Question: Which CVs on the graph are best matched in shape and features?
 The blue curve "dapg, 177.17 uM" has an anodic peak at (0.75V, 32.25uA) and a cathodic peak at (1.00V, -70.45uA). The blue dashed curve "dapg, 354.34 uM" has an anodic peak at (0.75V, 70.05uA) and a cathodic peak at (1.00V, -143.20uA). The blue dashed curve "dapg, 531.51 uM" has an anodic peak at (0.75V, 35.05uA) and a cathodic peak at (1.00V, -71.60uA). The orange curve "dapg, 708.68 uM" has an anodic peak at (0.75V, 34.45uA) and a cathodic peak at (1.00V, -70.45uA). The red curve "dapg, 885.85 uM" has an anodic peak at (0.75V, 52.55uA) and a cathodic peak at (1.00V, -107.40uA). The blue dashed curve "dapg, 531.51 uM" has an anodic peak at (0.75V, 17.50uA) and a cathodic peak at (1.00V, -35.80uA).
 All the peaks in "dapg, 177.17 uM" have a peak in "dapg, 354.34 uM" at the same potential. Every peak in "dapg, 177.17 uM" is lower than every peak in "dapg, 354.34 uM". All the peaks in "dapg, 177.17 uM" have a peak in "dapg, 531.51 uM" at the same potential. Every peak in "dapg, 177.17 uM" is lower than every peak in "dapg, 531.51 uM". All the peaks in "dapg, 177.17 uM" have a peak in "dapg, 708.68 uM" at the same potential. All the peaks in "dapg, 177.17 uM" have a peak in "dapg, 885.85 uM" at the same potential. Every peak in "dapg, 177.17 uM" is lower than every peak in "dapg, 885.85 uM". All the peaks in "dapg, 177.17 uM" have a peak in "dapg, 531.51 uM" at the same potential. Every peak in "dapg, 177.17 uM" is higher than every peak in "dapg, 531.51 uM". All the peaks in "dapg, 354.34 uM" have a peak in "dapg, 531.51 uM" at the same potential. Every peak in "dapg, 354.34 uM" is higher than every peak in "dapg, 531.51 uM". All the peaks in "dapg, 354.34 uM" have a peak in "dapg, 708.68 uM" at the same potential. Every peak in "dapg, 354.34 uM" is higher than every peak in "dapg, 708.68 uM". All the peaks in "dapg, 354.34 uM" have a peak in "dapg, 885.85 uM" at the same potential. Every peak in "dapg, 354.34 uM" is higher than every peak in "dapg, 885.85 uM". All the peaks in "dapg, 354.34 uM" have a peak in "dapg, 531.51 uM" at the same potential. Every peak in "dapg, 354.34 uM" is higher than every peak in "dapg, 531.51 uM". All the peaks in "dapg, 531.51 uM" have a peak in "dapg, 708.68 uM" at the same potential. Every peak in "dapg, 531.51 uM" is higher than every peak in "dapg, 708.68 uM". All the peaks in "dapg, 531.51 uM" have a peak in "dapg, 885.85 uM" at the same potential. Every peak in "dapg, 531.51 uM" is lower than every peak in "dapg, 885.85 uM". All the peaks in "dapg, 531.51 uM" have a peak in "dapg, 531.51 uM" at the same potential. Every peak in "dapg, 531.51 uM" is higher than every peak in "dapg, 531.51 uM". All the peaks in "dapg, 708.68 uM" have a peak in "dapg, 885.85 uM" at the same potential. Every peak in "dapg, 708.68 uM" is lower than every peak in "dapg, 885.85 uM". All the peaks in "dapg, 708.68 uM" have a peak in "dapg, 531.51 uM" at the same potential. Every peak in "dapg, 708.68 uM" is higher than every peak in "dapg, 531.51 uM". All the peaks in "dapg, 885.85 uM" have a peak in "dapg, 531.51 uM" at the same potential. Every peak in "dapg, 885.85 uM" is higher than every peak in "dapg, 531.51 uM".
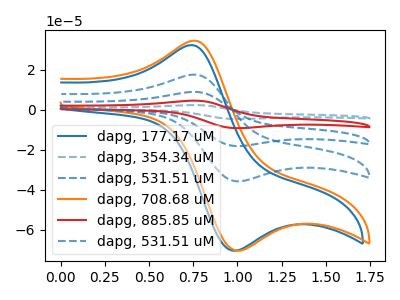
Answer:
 <answer>"dapg, 708.68 uM", "dapg, 177.17 uM", "dapg, 354.34 uM", "dapg, 531.51 uM", "dapg, 885.85 uM" and "dapg, 531.51 uM" have the same shape and are likely CV's of the same chemical.</answer>
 <eval>"dapg, 708.68 uM" "dapg, 177.17 uM" "dapg, 354.34 uM" "dapg, 531.51 uM" "dapg, 885.85 uM" "dapg, 531.51 uM"</eval>